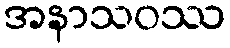
အနာသဝဿ